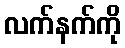
လက်နက်ကို